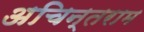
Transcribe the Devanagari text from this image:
अचिन्तराम